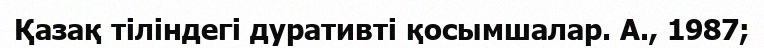
Қазақ тіліндегі дуративті қосымшалар. А., 1987;